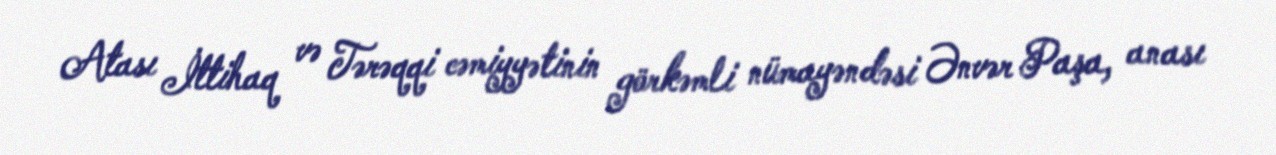
Atası İttihaq və Tərəqqi cəmiyyətinin görkəmli nümayəndəsi Ənvər Paşa, anası